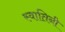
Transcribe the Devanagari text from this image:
स्वातिनी